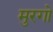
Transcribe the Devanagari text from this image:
मुरगो